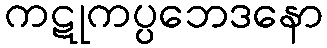
ကဋုကပ္ပဘေဒနော